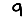
Digit: 9